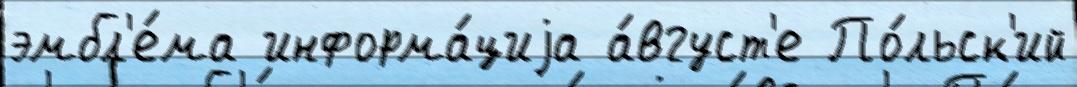
эмбл'е́ма информа́циjа а́вгуст'е По́льск'ий